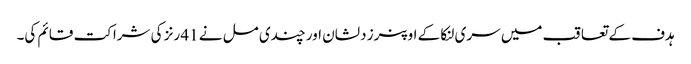
ہدف کے تعاقب میں سری لنکا کے اوپنرز دلشان اور چندی مل نے 41 رنز کی شراکت قائم کی۔